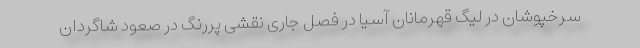
سرخپوشان در لیگ قهرمانان آسیا در فصل جاری نقشی پررنگ در صعود شاگردان